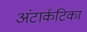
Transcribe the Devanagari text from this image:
अंटार्कटिका